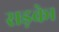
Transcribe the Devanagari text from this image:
सड़के।